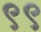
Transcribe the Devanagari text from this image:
९९